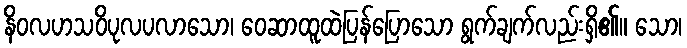
နိဝလဟသဝိပုလပလာသော၊ ဝေဆာထူထဲပြန်ပြောသော ရွက်ချက်လည်းရှိ၏။ သော၊